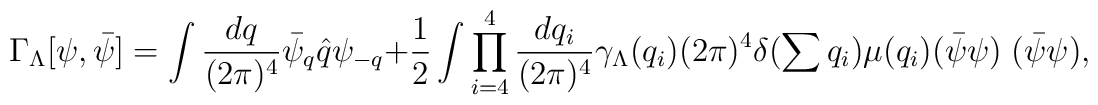
\Gamma_{\Lambda} [\psi,\bar{\psi}] = \int \frac{dq}{(2\pi)^{4}}  \bar{\psi}_{q} \hat{q} \psi_{-q} + \frac{1}{2} \int \prod_{i=4}^{4}  \frac{dq_{i}}{(2\pi)^{4}} \gamma_{\Lambda} (q_{i})    (2\pi)^{4} \delta (\sum q_{i})  \mu (q_{i}) (\bar{\psi} \psi) \; (\bar{\psi} \psi),